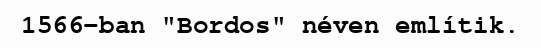
1566-ban "Bordos" néven említik.